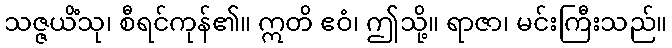
သဇ္ဇယိံသု၊ စီရင်ကုန်၏။ ဣတိ ဧဝံ၊ ဤသို့။ ရာဇာ၊ မင်းကြီးသည်။